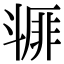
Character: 𣂇